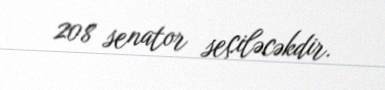
208 senator seçiləcəkdir.